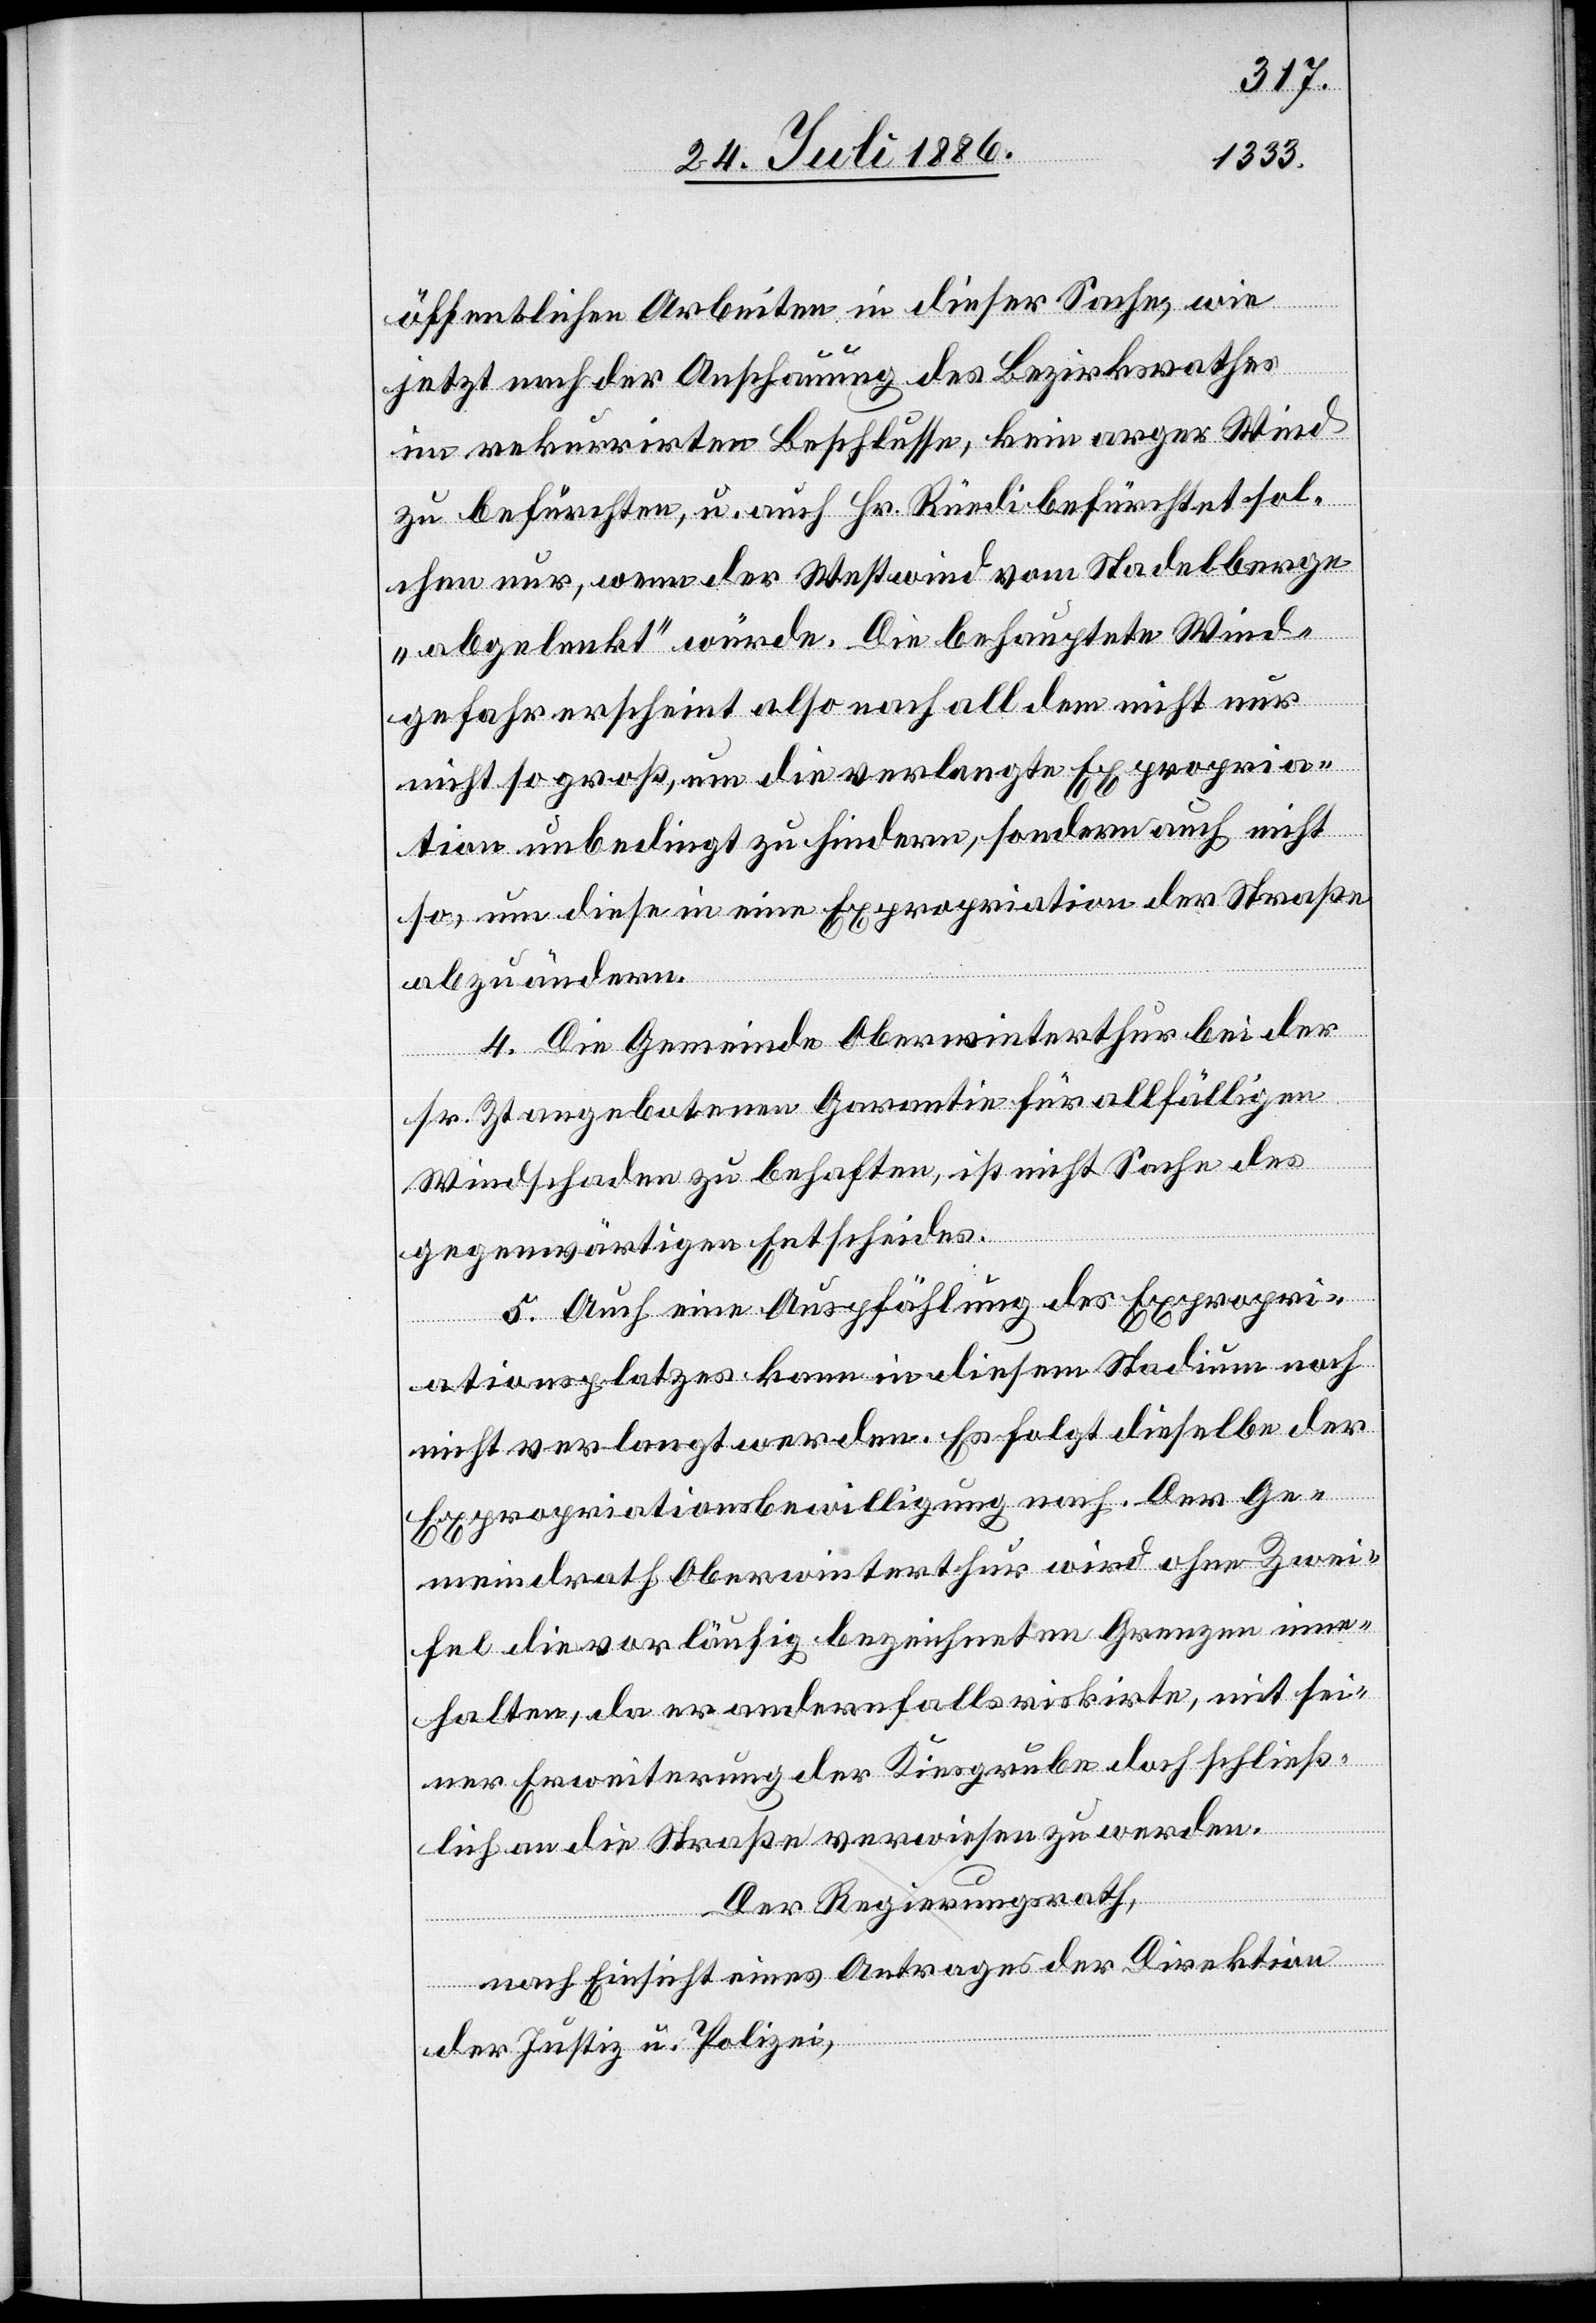
öffentlichen Arbeiten in dieser Sache, wie
jetzt nach der Anschauung des Bezirksrathes
im rekurrirten Beschlusse, kein arger Wind
zu befürchten, u. auch Hr. Rüedi befürchtet sol¬
chen nur, wenn der Westwind vom Stadelberge
„abgelenkt“ würde. Die behauptete Wind¬
gefahr erscheint also nach all dem nicht nur
nicht so groß, um die verlangte Expropria¬
tion unbedingt zu hindern, sondern auch nicht
so, um diese in eine Expropriation der Straße
abzuändern.
4. Die Gemeinde Oberwinterthur bei der
sr. Zt. angebotenen Garantie für allfälligen
Windschaden zu behaften, ist nicht Sache des
gegenwärtigen Entscheides.
5. Auch eine Auspfählung des Expropri¬
ationsplatzes kann in diesem Stadium noch
nicht verlangt werden. Es folgt dieselbe der
Expropriationsbewilligung nach. Der Ge¬
meindrath Oberwinterthur wird ohne Zwei¬
fel die vorläufig bezeichneten Grenzen inne¬
halten, da er andernfalls riskirte, mit sei¬
ner Erweiterung der Kiesgrube doch schließ¬
lich an die Straße verwiesen zu werden.
Der Regierungsrath,
nach Einsicht eines Antrages der Direktion
der Justiz u. Polizei,